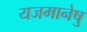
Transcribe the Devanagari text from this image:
यजमानेषु